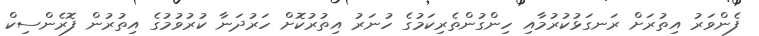
ފެންވަރު އިތުރަށް ރަނގަޅުކުރުމާއި ހިންގުންތެރިކަމުގެ ހުނަރު އިތުރުކޮށް ހަރުދަނާ ކުރުވުމުގެ އިތުރުން ފޮރެންސިކް